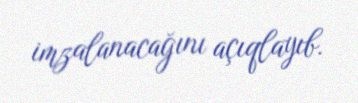
imzalanacağını açıqlayıb.